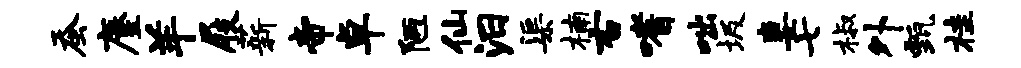
蚕麈羊屐薪帝卓陋仙汨渠楠右嗜咄圾妻七椒外甄桂